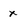
Character: x